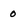
Character: 0